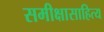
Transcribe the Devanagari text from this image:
समीक्षासाहित्य